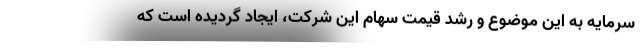
سرمایه به این موضوع و رشد قیمت سهام این شرکت، ایجاد گردیده است که